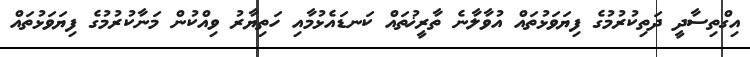
އިގްތިސާދީ ދަތިކުރުމުގެ ފިޔަވަޅުތައް އުވާލާނެ ތާރީޚުތައް ކަނޑައެޅުމާއި ހަތިޔާރު ވިއްކުން މަނާކުރުމުގެ ފިޔަވަޅުތައް